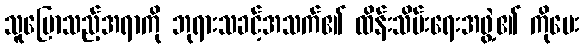
သူပြောသည့်အရာကို ဘုရားသခင့်အသက်၏ ထိန်းသိမ်းရေးအဖွဲ့၏ ကိုမေး